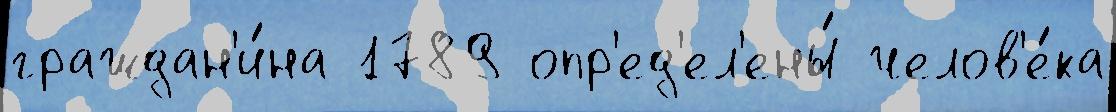
граждан'и́на 1789 опр'ед'ел'ены́ челов'е́ка